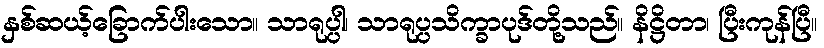
နှစ်ဆယ့်ခြောက်ပါးသော။ သာရုပ္ပါ၊ သာရုပ္ပသိက္ခာပုဒ်တို့သည်။ နိဋ္ဌိတာ၊ ပြီးကုန်ပြီ။